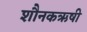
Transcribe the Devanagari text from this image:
शौनकऋषी